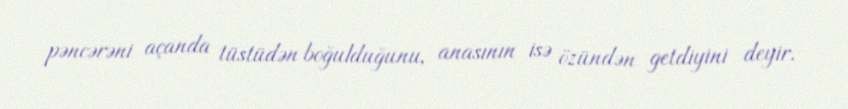
pəncərəni açanda tüstüdən boğulduğunu, anasının isə özündən getdiyini deyir.